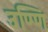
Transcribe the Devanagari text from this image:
उण्णि